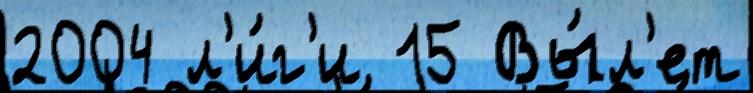
2004 л'и́г'и 15 Вы́л'ет